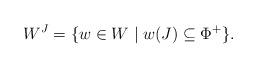
LaTeX: \begin{align*}W^J = \{w\in W\mid w(J)\subseteq \Phi^+\}.\end{align*}